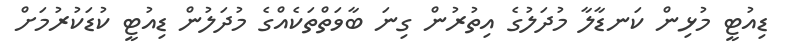
ޑިއުޓީ މުޅިން ކަނޑާލާ މުދަލުގެ އިތުރުން ގިނަ ބާވަތްތަކެއްގެ މުދަލުން ޑިއުޓީ ކުޑަކުރުމަށް